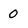
Character: 0